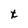
Character: t